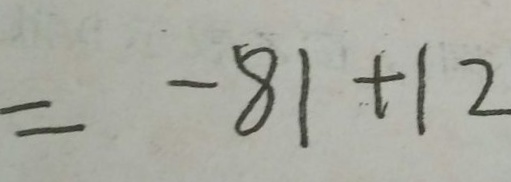
= - 8 1 + 1 2